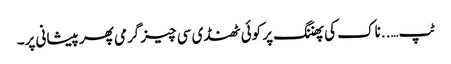
ٹپ…..ناک کی پھننگ پر کوئی ٹھنڈی سی چیز گرمی پھر پیشانی پر۔